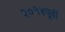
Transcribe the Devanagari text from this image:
२०१४पूर्वी